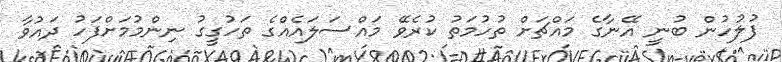
ފުލުހުން ބުނީ އޭނާގެ މައްޗަށް ތުހުމަތު ކުރެވޭ މައްސަލައެއްގެ ތަހުގީގު ނިންމުމަށްފަހު ދައުވާ